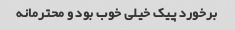
برخورد پیک خیلی خوب بود و محترمانه